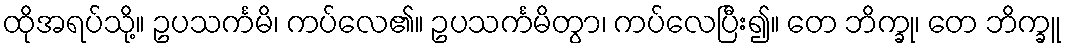
ထိုအရပ်သို့။ ဥပသင်္ကမိ၊ ကပ်လေ၏။ ဥပသင်္ကမိတွာ၊ ကပ်လေပြီး၍။ တေ ဘိက္ခု၊ တေ ဘိက္ခူ